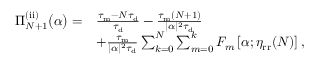
\begin{array} { r l } { \Pi _ { N + 1 } ^ { \mathrm { ( i i ) } } \big ( \alpha \big ) = } & { \frac { \tau _ { \mathrm { m } } - N \tau _ { \mathrm { d } } } { \tau _ { \mathrm { d } } } - \frac { \tau _ { \mathrm { m } } ( N + 1 ) } { | \alpha | ^ { 2 } \tau _ { \mathrm { d } } } } \\ & { + \frac { \tau _ { \mathrm { m } } } { | \alpha | ^ { 2 } \tau _ { \mathrm { d } } } \sum _ { k = 0 } ^ { N } \sum _ { m = 0 } ^ { k } F _ { m } \left[ \alpha ; \eta _ { \mathrm { r r } } ( N ) \right] , } \end{array}